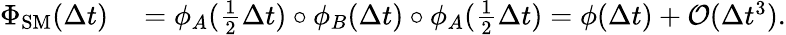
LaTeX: \begin{array}{rl}{\Phi_{\mathrm{SM}}(\Delta t)}&{{}=\phi_{A}(\frac{1}{2}\Delta t)\circ\phi_{B}(\Delta t)\circ\phi_{A}(\frac{1}{2}\Delta t)=\phi(\Delta t)+\mathcal{O}(\Delta t^{3}).}\end{array}